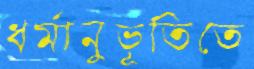
ধর্মানুভূতিতে